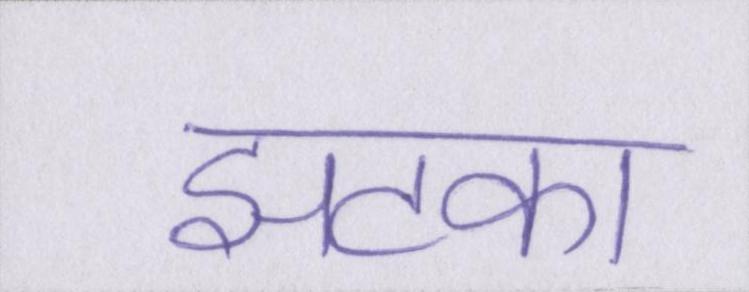
झटका